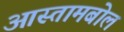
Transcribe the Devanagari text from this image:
आस्तामबोल